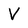
Character: V